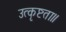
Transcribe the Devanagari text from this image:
उत्कृष्टता॥